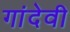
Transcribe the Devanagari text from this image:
गांदेवी